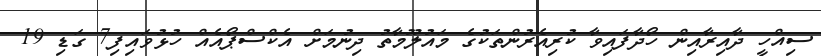
ސިއްހީ ދާއިރާއިން ހޯދާފައިވާ ކުރިއެރުންތަކުގެ މައުލޫމާތު ދިނުމަށް އެކްސްޕޯއެއް ހުޅުވައިފި7 ގަޑި 19